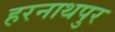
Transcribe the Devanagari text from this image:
हरनाथपुर